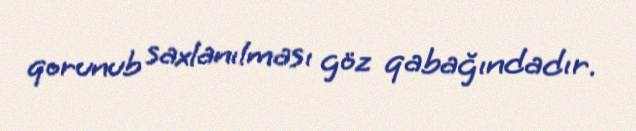
qorunub saxlanılması göz qabağındadır.